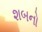
શબનો